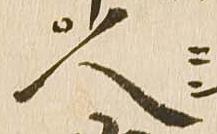
人